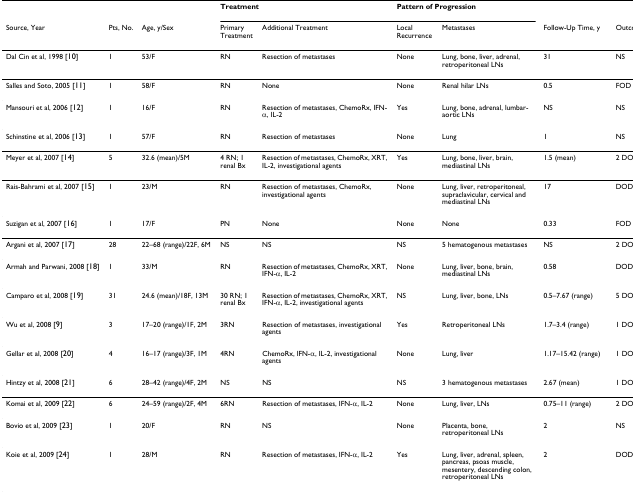
<table><thead><tr><td></td><td></td><td></td><td colspan="2"><b>Treatment</b></td><td colspan="2"><b>Pattern of Progression</b></td><td></td><td></td></tr><tr><td><b>Source, Year</b></td><td><b>Pts, No.</b></td><td><b>Age, y/Sex</b></td><td><b>Primary Treatment</b></td><td><b>Additional Treatment</b></td><td><b>Local Recurrence</b></td><td><b>Metastases</b></td><td><b>Follow-Up Time, y</b></td><td><b>Outcome</b></td></tr></thead><tbody><tr><td>Dal Cin et al, 1998 [10]</td><td>1</td><td>53/F</td><td>RN</td><td>Resection of metastases</td><td>None</td><td>Lung, bone, liver, adrenal, retroperitoneal LNs</td><td>31</td><td>NS</td></tr><tr><td>Salles and Soto, 2005 [11]</td><td>1</td><td>58/F</td><td>RN</td><td>None</td><td>None</td><td>Renal hilar LNs</td><td>0.5</td><td>FOD</td></tr><tr><td>Mansouri et al, 2006 [12]</td><td>1</td><td>16/F</td><td>RN</td><td>Resection of metastases, ChemoRx, IFN-α, IL-2</td><td>Yes</td><td>Lung, bone, adrenal, lumbar-aortic LNs</td><td>NS</td><td>NS</td></tr><tr><td>Schinstine et al, 2006 [13]</td><td>1</td><td>57/F</td><td>RN</td><td>Resection of metastases</td><td>None</td><td>Lung</td><td>1</td><td>NS</td></tr><tr><td>Meyer et al, 2007 [14]</td><td>5</td><td>32.6 (mean)/5M</td><td>4 RN; 1 renal Bx</td><td>Resection of metastases, ChemoRx, XRT, IL-2, investigational agents</td><td>Yes</td><td>Lung, bone, liver, brain, mediastinal LNs</td><td>1.5 (mean)</td><td>2 DOD</td></tr><tr><td>Rais-Bahrami et al, 2007 [15]</td><td>1</td><td>23/M</td><td>RN</td><td>Resection of metastases, ChemoRx, investigational agents</td><td>None</td><td>Lung, liver, retroperitoneal, supraclavicular, cervical and mediastinal LNs</td><td>17</td><td>DOD</td></tr><tr><td>Suzigan et al, 2007 [16]</td><td>1</td><td>17/F</td><td>PN</td><td>None</td><td>None</td><td>None</td><td>0.33</td><td>FOD</td></tr><tr><td>Argani et al, 2007 [17]</td><td>28</td><td>22–68 (range)/22F, 6M</td><td>NS</td><td>NS</td><td>NS</td><td>5 hematogenous metastases</td><td>NS</td><td>2 DOD</td></tr><tr><td>Armah and Parwani, 2008 [18]</td><td>1</td><td>33/M</td><td>RN</td><td>Resection of metastases, ChemoRx, XRT, IFN-α, IL-2</td><td>None</td><td>Lung, liver, bone, brain, mediastinal LNs</td><td>0.58</td><td>DOD</td></tr><tr><td>Camparo et al, 2008 [19]</td><td>31</td><td>24.6 (mean)/18F, 13M</td><td>30 RN; 1 renal Bx</td><td>Resection of metastases, ChemoRx, XRT, IFN-α, IL-2, investigational agents</td><td>NS</td><td>Lung, liver, bone, LNs</td><td>0.5–7.67 (range)</td><td>5 DOD</td></tr><tr><td>Wu et al, 2008 [9]</td><td>3</td><td>17–20 (range)/1F, 2M</td><td>3RN</td><td>Resection of metastases, investigational agents</td><td>Yes</td><td>Retroperitoneal LNs</td><td>1.7–3.4 (range)</td><td>1 DOD</td></tr><tr><td>Gellar et al, 2008 [20]</td><td>4</td><td>16–17 (range)/3F, 1M</td><td>4RN</td><td>ChemoRx, IFN-α, IL-2, investigational agents</td><td>None</td><td>Lung, liver</td><td>1.17–15.42 (range)</td><td>1 DOD</td></tr><tr><td>Hintzy et al, 2008 [21]</td><td>6</td><td>28–42 (range)/4F, 2M</td><td>NS</td><td>NS</td><td>NS</td><td>3 hematogenous metastases</td><td>2.67 (mean)</td><td>1 DOD</td></tr><tr><td>Komai et al, 2009 [22]</td><td>6</td><td>24–59 (range)/2F, 4M</td><td>6RN</td><td>Resection of metastases, IFN-α, IL-2</td><td>None</td><td>Lung, liver, LNs</td><td>0.75–11 (range)</td><td>2 DOD</td></tr><tr><td>Bovio et al, 2009 [23]</td><td>1</td><td>20/F</td><td>RN</td><td>NS</td><td>None</td><td>Placenta, bone, retroperitoneal LNs</td><td>2</td><td>NS</td></tr><tr><td>Koie et al, 2009 [24]</td><td>1</td><td>28/M</td><td>RN</td><td>Resection of metastases, IFN-α, IL-2</td><td>Yes</td><td>Lung, liver, adrenal, spleen, pancreas, psoas muscle, mesentery, descending colon, retroperitoneal LNs</td><td>2</td><td>DOD</td></tr></tbody></table>